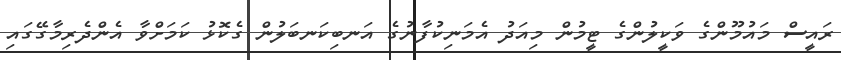
ރައީސް މައުމޫންގެ ވަކީލުންގެ ޓީމުން މިއަދު އެމަނިކުފާނުގެ އަނބިކަނބަލުން ގެކޮޅު ކަމަށްވާ އެންދެރިމާގޭގައި